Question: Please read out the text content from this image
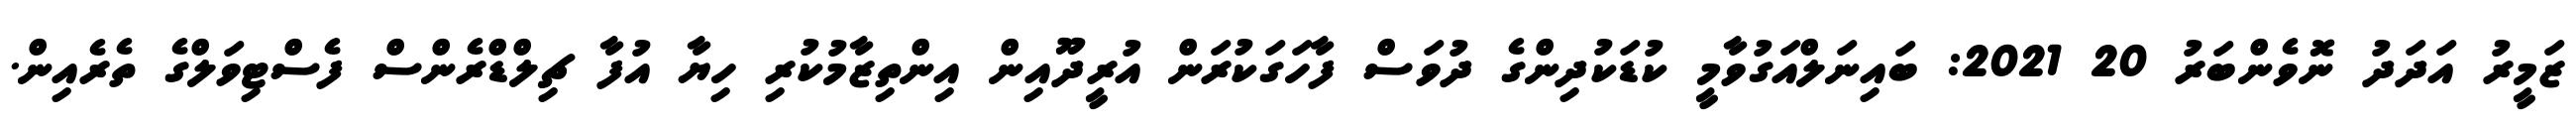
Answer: ޒަމީރު އަދަދު ނޮވެންބަރު 20 2021: ބައިނަލްއަގުވާމީ ކުޑަކުދިންގެ ދުވަސް ފާހަގަކުރަން އުރީދޫއިން އިންތިޒާމުކުރި ހިޔާ އުފާ ޗިލްޑްރެންސް ފެސްޓިވަލްގެ ތެރެއިން.